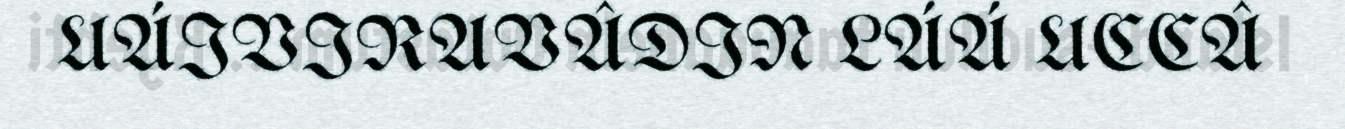
UÁIVIRAVÂDIN LÁÁ UCCÂ